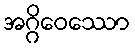
အဂ္ဂိဝေဿော